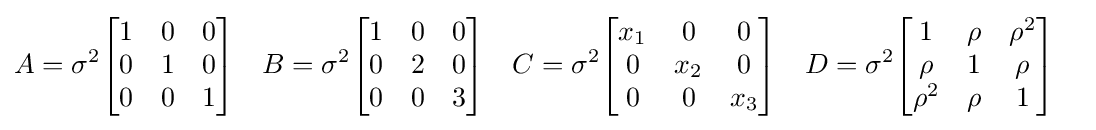
{\begin{aligned}A&=\sigma ^{2}{\begin{bmatrix}1&0&0\\0&1&0\\0&0&1\\\end{bmatrix}}&B&=\sigma ^{2}{\begin{bmatrix}1&0&0\\0&2&0\\0&0&3\\\end{bmatrix}}&C&=\sigma ^{2}{\begin{bmatrix}x_{1}&0&0\\0&x_{2}&0\\0&0&x_{3}\\\end{bmatrix}}&D&=\sigma ^{2}{\begin{bmatrix}1&\rho &\rho ^{2}\\\rho &1&\rho \\\rho ^{2}&\rho &1\\\end{bmatrix}}\end{aligned}}